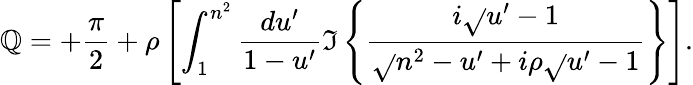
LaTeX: \mathbb{Q}=+{\frac{{\pi}}{{2}}}+\rho\left[\int_{1}^{n^{2}}{\frac{{du^{\prime}}}{{1-u^{\prime}}}}\Im\left\{ {\frac{{i\sqrt{}{{u^{\prime}-1}}}}{{\sqrt{}{{n^{2}-u^{\prime}}}+i\rho\sqrt{}{{u^{\prime}-1}}}}}\right\} \right].